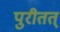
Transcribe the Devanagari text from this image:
पुरीतत्